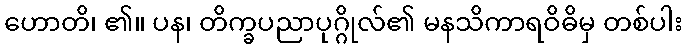
ဟောတိ၊ ၏။ ပန၊ တိက္ခပညာပုဂ္ဂိုလ်၏ မနသိကာရဝိဓိမှ တစ်ပါး